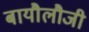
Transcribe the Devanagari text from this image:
बायौलौजी